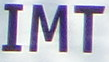
IMT